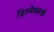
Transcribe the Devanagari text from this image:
डिस्नेसारखे